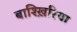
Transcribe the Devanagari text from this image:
बाश्ख़िरिया